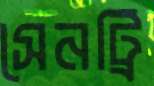
সেনট্রি